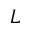
L